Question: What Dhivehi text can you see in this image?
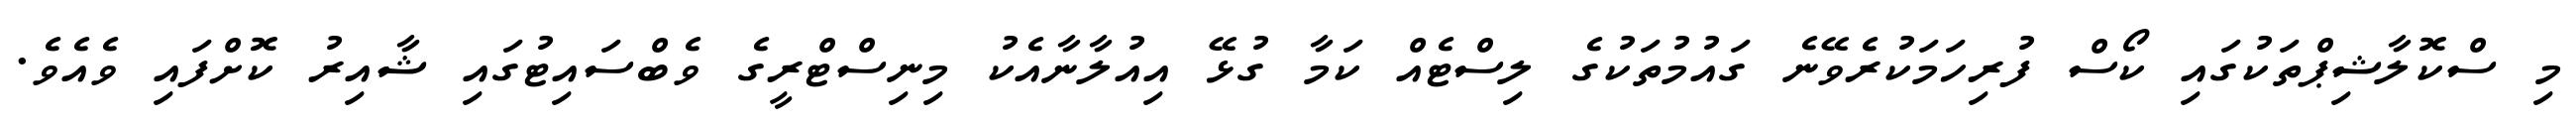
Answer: މި ސްކޮލާޝިޕްތަކުގައި ކޯސް ފުރިހަމަކުރެވޭނެ ގައުމުތަކުގެ ލިސްޓެއް ކަމާ ގުޅޭ އިއުލާނާއެކު މިނިސްޓްރީގެ ވެބްސައިޓުގައި ޝާއިރު ކޮށްފައި ވެއެވެ.